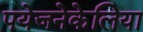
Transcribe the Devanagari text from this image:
पयेजनेकेलिया